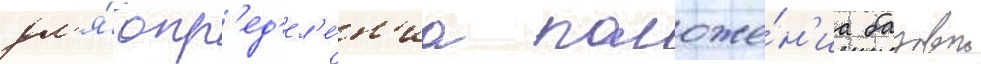
дл'я́ опр'ед'ел'е́н'иа положе́н'иа базовои